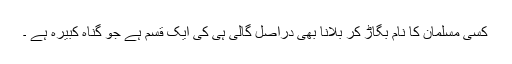
کسی مسلمان کا نام بگاڑ کر بلانا بھی دراصل گالی ہی کی ایک قسم ہے جو گناہ کبیرہ ہے ۔